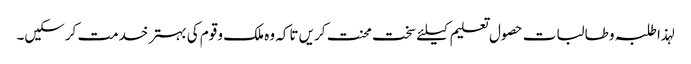
لہذا طلبہ و طالبات حصول تعلیم کیلئے سخت محنت کریں تاکہ وہ ملک و قوم کی بہتر خدمت کرسکیں۔